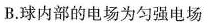
B.球内部的电场为匀强电场